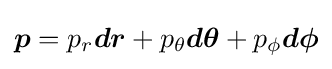
{\boldsymbol {p}}=p_{r}{\boldsymbol {dr}}+p_{\theta }{\boldsymbol {d\theta }}+p_{\phi }{\boldsymbol {d\phi }}